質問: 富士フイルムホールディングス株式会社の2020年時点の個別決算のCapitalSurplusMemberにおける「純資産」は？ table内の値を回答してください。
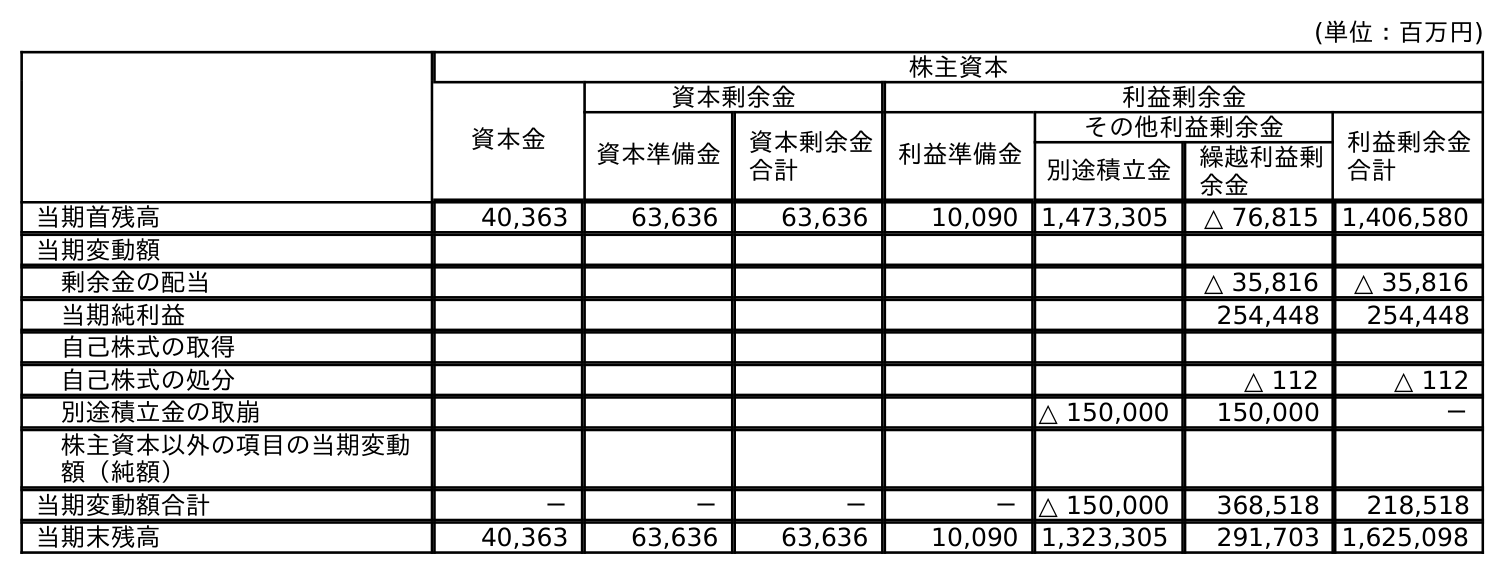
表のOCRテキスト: (単位：百万円) 株主資本 資本金 資本剰余金 利益剰余金 資本準備金 資本剰余金 合計 利益準備金 その他利益剰余金 利益剰余金 合計 別途積立金 繰越利益剰 余金 当期首残高 40,363 63,636 63,636 10,090 1,473,305 △ 76,815 1,406,580 当期変動額 剰余金の配当 △ 35,816 △ 35,816 当期純利益 254,448 254,448 自己株式の取得 自己株式の処分 △ 112 △ 112 別途積立金の取崩 △ 150,000 150,000 － 株主資本以外の項目の当期変動 額（純額） 当期変動額合計 － － － － △ 150,000 368,518 218,518 当期末残高 40,363 63,636 63,636 10,090 1,323,305 291,703 1,625,098
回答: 63,636